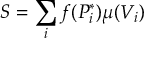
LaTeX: S = \sum _ { i } f ( P _ { i } ^ { * } ) \mu ( V _ { i } )